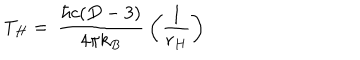
LaTeX: T _ { H } = \: \frac { \hbar c ( D - 3 ) } { 4 \pi k _ { B } } \: \left( \frac { 1 } { r _ { H } } \right)